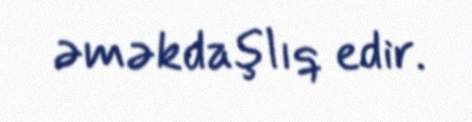
əməkdaşlıq edir.